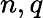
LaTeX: n,q